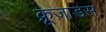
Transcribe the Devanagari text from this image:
क्रूज़ाडस